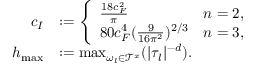
\begin{array} { r l } { c _ { I } } & { : = \left\{ \begin{array} { l l } { \frac { 1 8 c _ { F } ^ { 2 } } { \pi } } & { n = 2 , } \\ { 8 0 c _ { F } ^ { 4 } ( \frac { 9 } { 1 6 \pi ^ { 2 } } ) ^ { 2 / 3 } } & { n = 3 , } \end{array} \right. } \\ { h _ { \operatorname* { m a x } } } & { : = \operatorname* { m a x } _ { \omega _ { l } \in \mathcal { T } ^ { x } } ( | \tau _ { l } | ^ { - d } ) . } \end{array}